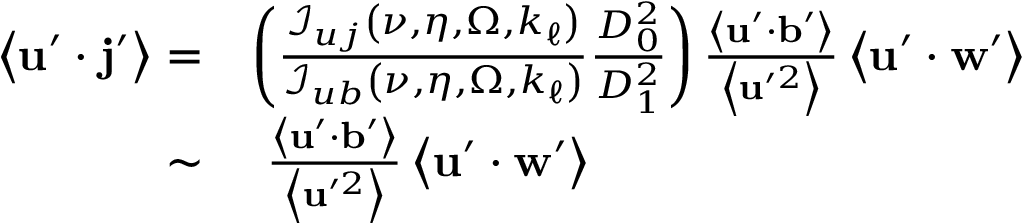
\begin{array} { r l } { \left\langle \mathbf { u } ^ { \prime } \cdot \mathbf { j } ^ { \prime } \right\rangle = } & { \left( \frac { \mathcal { I } _ { u j } \left( \nu , \eta , \Omega , k _ { \ell } \right) } { \mathcal { I } _ { u b } \left( \nu , \eta , \Omega , k _ { \ell } \right) } \frac { D _ { 0 } ^ { 2 } } { D _ { 1 } ^ { 2 } } \right) \frac { \left\langle \mathbf { u } ^ { \prime } \cdot \mathbf { b } ^ { \prime } \right\rangle } { \left\langle \mathbf { u } ^ { \prime 2 } \right\rangle } \left\langle \mathbf { u } ^ { \prime } \cdot \mathbf { w } ^ { \prime } \right\rangle } \\ { \sim } & { \, \, \frac { \left\langle \mathbf { u } ^ { \prime } \cdot \mathbf { b } ^ { \prime } \right\rangle } { \left\langle \mathbf { u } ^ { \prime 2 } \right\rangle } \left\langle \mathbf { u } ^ { \prime } \cdot \mathbf { w } ^ { \prime } \right\rangle } \end{array}